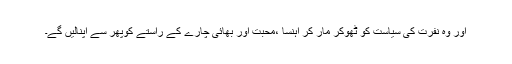
اور وہ نفرت کی سیاست کو ٹھوکر مار کر اہنسا ،محبت اور بھائی چارے کے راستے کوپھر سے اپنالیں گے۔